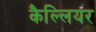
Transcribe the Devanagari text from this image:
कैल्लियर